Report of cholera committee
Disease focus: Cholera
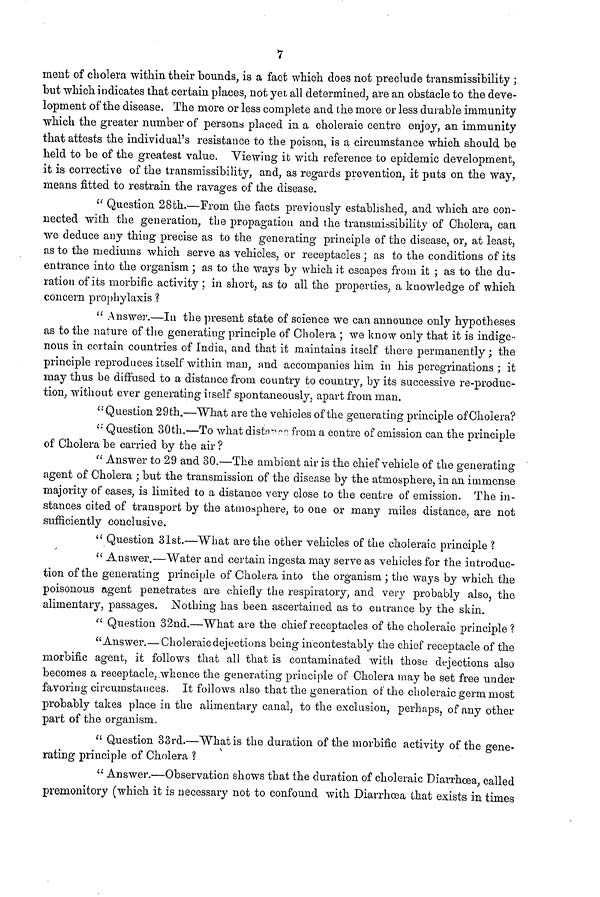
7
ment of cholera within their bounds, is a fact which does not preclude transmissibility ;
but which indicates that certain places, not yet all determined, are an obstacle to the deve-
lopment of the disease. The more or less complete and the more or less durable immunity
which the greater number of persons placed in a choleraic centre enjoy, an immunity
that attests the individual's resistance to the poison, is a circumstance which should be
held to be of the greatest value. Viewing it with reference to epidemic development,
it is corrective of the transmissibility, and, as regards prevention, it puts on the way,
means fitted to restrain the ravages of the disease.
" Question 28th.—From the facts previously established, and which are con-
nected with the generation, the propagation and the transmissibility of Cholera, can
we deduce any thing precise as to the generating principle of the disease, or, at least,
as to the mediums which serve as vehicles, or receptacles ; as to the conditions of its
entrance into the organism ; as to the ways by which it escapes from it ; as to the du-
ration of its morbific activity ; in short, as to all the properties, a knowledge of which
concern prophylaxis ?
" Answer.—In the present state of science we can announce only hypotheses
as to the nature of the generating principle of Cholera ; we know only that it is indige-
nous in certain countries of India, and that it maintains itself there permanently ; the
principle reproduces itself within man, and accompanies him in his peregrinations ; it
may thus be diffused to a distance from country to country, by its successive re-produc-
tion, without ever generating itself spontaneously, apart from man.
"Question 29th.—What are the vehicles of the generating principle of Cholera?
" Question 30th.—To what distance from a centre of emission can the principle
of Cholera be carried by the air ?
" Answer to 29 and 30.—The ambient air is the chief vehicle of the generating
agent of Cholera ; but the transmission of the disease by the atmosphere, in an immense
majority of cases, is limited to a distance very close to the centre of emission. The in-
stances cited of transport by the atmosphere, to one or many miles distance, are not
sufficiently conclusive.
" Question 31st.—"What are the other vehicles of the choleraic principle ?
" Answer,—"Water and certain ingesta may serve as vehicles for the introduc-
tion of the generating principle of Cholera into the organism ; the ways by which the
poisonous agent penetrates are chiefly the respiratory, and very probably also, the
alimentary, passages. Nothing has been ascertained as to entrance by the skin.
" Question 32nd.—What are the chief receptacles of the choleraic principle ?
"Answer.— Choleraic dejections being incontestably the chief receptacle of the
morbific agent, it follows that all that is contaminated with those dejections also
becomes a receptacle, whence the generating principle of Cholera may be set free under
favoring circumstances. It follows also that the generation of the choleraic germ most
probably takes place in the alimentary canal, to the exclusion, perhaps, of any other
part of the organism.
" Question 33rd.—What is the duration of the morbific activity of the gene-
rating principle of Cholera ?
" Answer.—Observation shows that the duration of choleraic Diarrhoea, called
premonitory (which it is necessary not to confound with Diarrhoea that exists in times